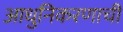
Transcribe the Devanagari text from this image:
आधुनिकरणाची